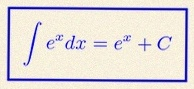
\int e^x dx=e^x+C